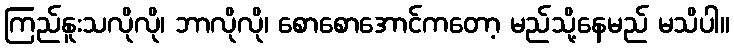
ကြည်နူးသလိုလို၊ ဘာလိုလို၊ စောစောအောင်ကတော့ မည်သို့နေမည် မသိပါ။